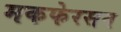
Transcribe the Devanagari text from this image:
मकफेरसन